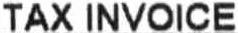
TAX INVOICE